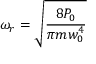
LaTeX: \omega _ { r } = { \sqrt { \frac { 8 P _ { 0 } } { \pi m w _ { 0 } ^ { 4 } } } }